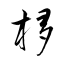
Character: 栘